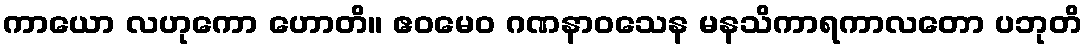
ကာယော လဟုကော ဟောတိ။ ဧဝမေဝ ဂဏနာဝသေန မနသိကာရကာလတော ပဘုတိ